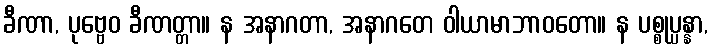
ခီဏာ, ပုဗ္ဗေဝ ခီဏတ္တာ။ န အနာဂတာ, အနာဂတေ ဝါယာမာဘာဝတော။ န ပစ္စုပ္ပန္နာ,